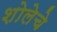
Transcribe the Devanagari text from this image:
शोलेचे